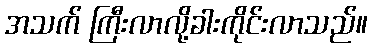
အသက် ကြီးလာလို့ခါးကိုင်းလာသည်။